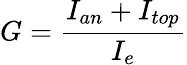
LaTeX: G=\frac{I_{an}+I_{top}}{I_{e}}